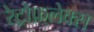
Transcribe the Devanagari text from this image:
रेट्रोफ़्लेक्स